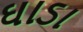
ઘાડા